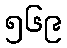
၅၆၉